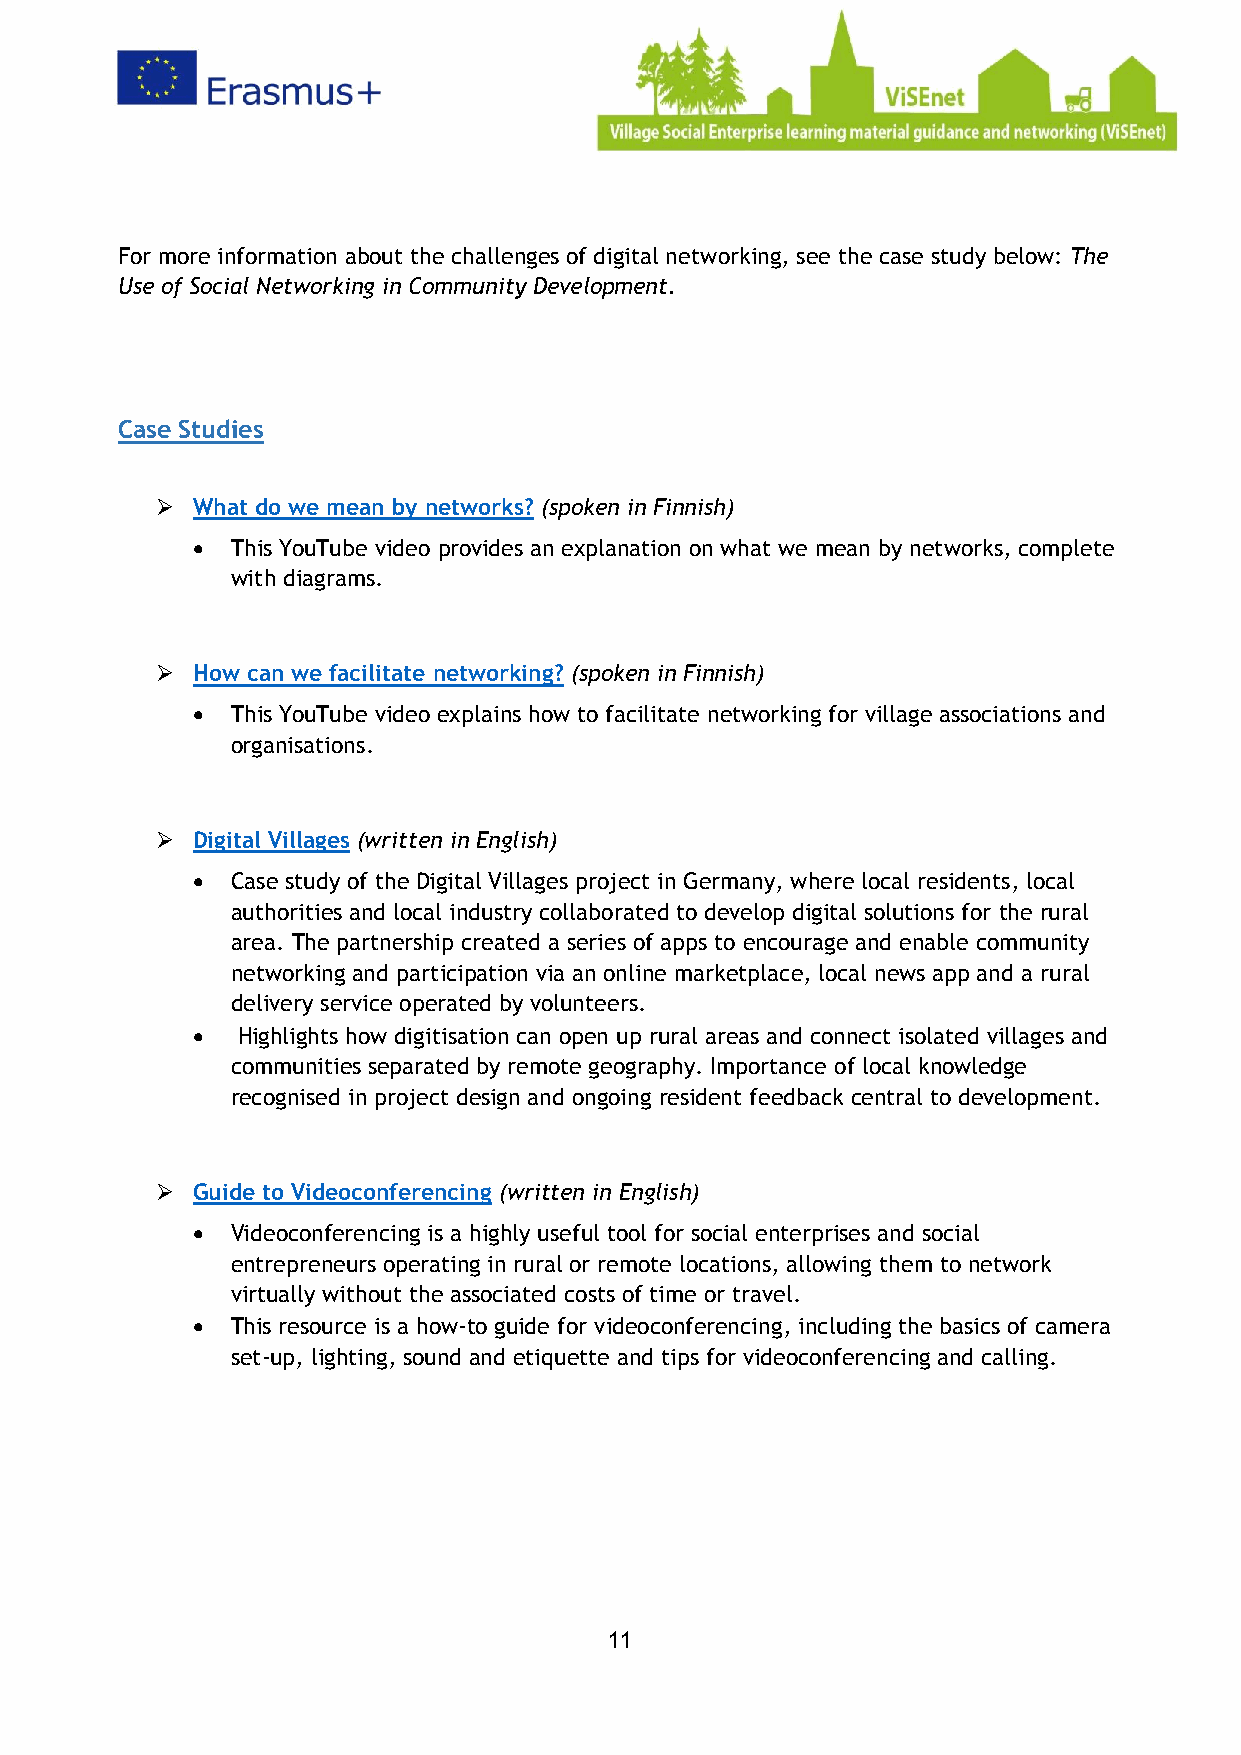
For more information about the challenges of digital networking, see the case study below: The
 Use of Social Networking in Community Development.
 Case Studies
 ➢  What do we mean by networks? (spoken in Finnish)
 • This YouTube video provides an explanation on what we mean by networks, complete
 with diagrams.
 ➢  How can we facilitate networking? (spoken in Finnish)
 • This YouTube video explains how to facilitate networking for village associations and
 organisations.
 ➢  Digital Villages (written in English)
 • Case study of the Digital Villages project in Germany, where local residents, local
 authorities and local industry collaborated to develop digital solutions for the rural
 area. The partnership created a series of apps to encourage and enable community
 networking and participation via an online marketplace, local news app and a rural
 delivery service operated by volunteers.
 •  Highlights how digitisation can open up rural areas and connect isolated villages and
 communities separated by remote geography. Importance of local knowledge
 recognised in project design and ongoing resident feedback central to development.
 ➢  Guide to Videoconferencing (written in English)
 • Videoconferencing is a highly useful tool for social enterprises and social
 entrepreneurs operating in rural or remote locations, allowing them to network
 virtually without the associated costs of time or travel.
 • This resource is a how-to guide for videoconferencing, including the basics of camera
 set-up, lighting, sound and etiquette and tips for videoconferencing and calling.
 11